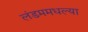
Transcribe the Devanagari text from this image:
लंडममधल्या